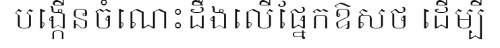
បង្កើនចំណេះដឹងលើផ្នែកឱសថ ដើម្បី